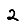
Digit: 2